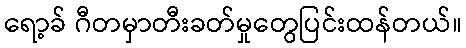
ရော့ခ် ဂီတမှာတီးခတ်မှုတွေပြင်းထန်တယ်။